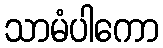
သာမံပါကော